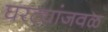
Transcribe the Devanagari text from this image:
घरट्यांजवळ